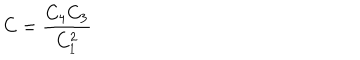
LaTeX: { \displaystyle { C = \frac { C _ { 4 } C _ { 3 } } { C _ { 1 } ^ { 2 } } } }